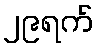
၂၉ရက်